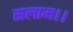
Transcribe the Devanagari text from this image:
सलाम।।